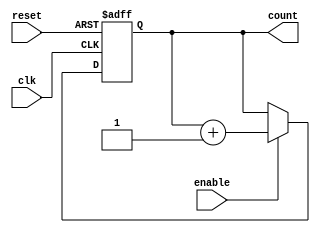
module binary_up_counter_with_enable (
    input wire clk,
    input wire reset,
    input wire enable,
    output reg [3:0] count
);

// Synchronous reset 
always @(posedge clk or posedge reset)
begin
    if (reset)
        count <= 4'b0000;
    else if (enable)
        count <= count + 1;
end

endmodule